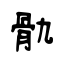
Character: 骩